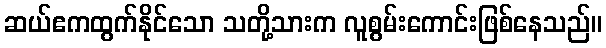
ဆယ်ဧကထွက်နိုင်သော သတို့သားက လူစွမ်းကောင်းဖြစ်နေသည်။